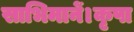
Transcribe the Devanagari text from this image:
साभिमानें।कृपा